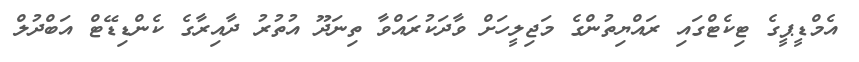
އެމްޑީޕީގެ ޓިކެޓްގައި ރައްޔިތުންގެ މަޖިލީހަށް ވާދަކުރައްވާ ތިނަދޫ އުތުރު ދާއިރާގެ ކެންޑިޑޭޓް އަބްދުލް